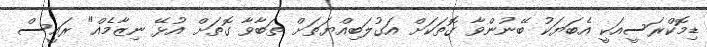
ޑިމޮކްރަސީއަކީ އެބަޔަކު ބޭނުންވާ ގޮތަކަށް އަގުލަބިއްޔަތަށް ތަބާވާ ގޮތަށް އުޅޭ ނިޒާމެއް" ރައީސް